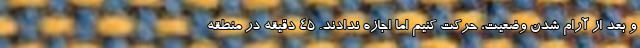
و بعد از آرام شدن وضعیت، حرکت کنیم اما اجازه ندادند. ۴۵ دقیقه در منطقه